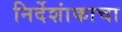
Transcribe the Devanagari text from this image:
निर्देशांकाचा